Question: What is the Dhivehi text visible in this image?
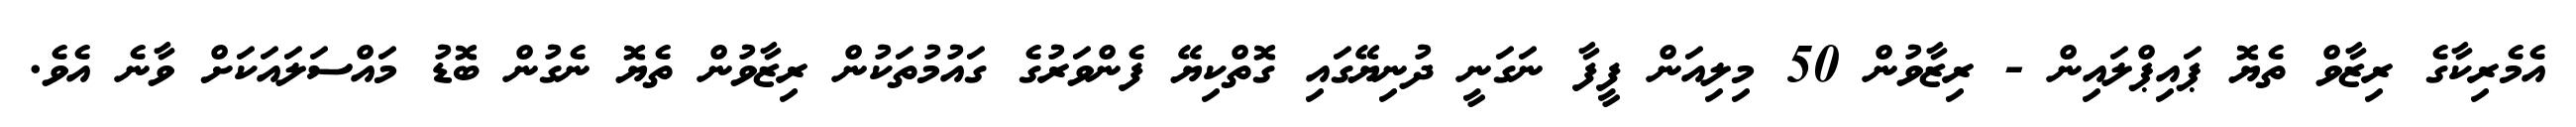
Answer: އެމެރިކާގެ ރިޒާވް ތެޔޮ ޕައިޕްލައިން - ރިޒާވުން 50 މިލިއަން ފީފާ ނަގަނީ ދުނިޔޭގައި ގޮތްކިޔޭ ފެންވަރުގެ ގައުމުތަކުން ރިޒާވުން ތެޔޮ ނެގުން ބޮޑު މައްސަލައަކަށް ވާނެ އެވެ.